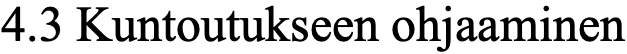
4.3 Kuntoutukseen ohjaaminen